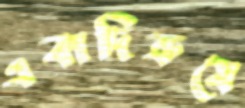
একাদিক্রমে